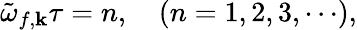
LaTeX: \tilde{\omega}_{f,{\mathbf k}}\tau=n,\quad(n=1,2,3,\cdots),